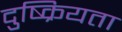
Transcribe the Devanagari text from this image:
दुष्क्रियता